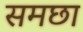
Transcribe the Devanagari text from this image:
समछा